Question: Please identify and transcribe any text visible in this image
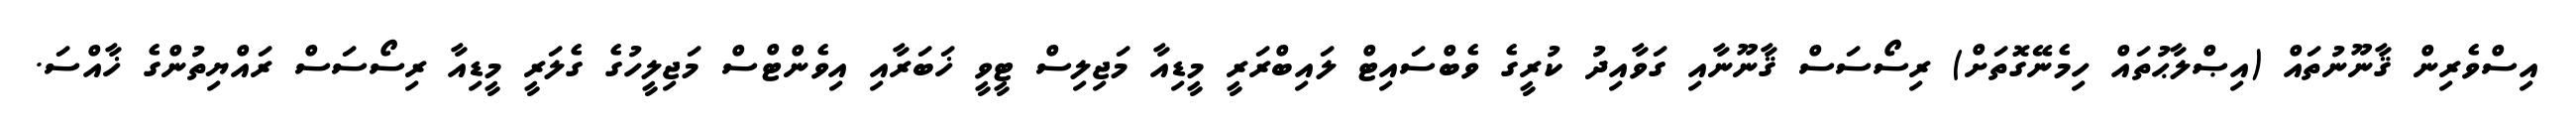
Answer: އިސްވެރިން ޤާނޫނުތައް (އިޞްލާޙުތައް ހިމެނޭގޮތަށް) ރިސޯސަސް ޤާނޫނާއި ގަވާއިދު ކުރީގެ ވެބްސައިޓް ލައިބްރަރީ މީޑިއާ މަޖިލިސް ޓީވީ ޚަބަރާއި އިވެންޓްސް މަޖިލީހުގެ ގެލަރީ މީޑިއާ ރިސޯސަސް ރައްޔިތުންގެ ޚާއްސަ.